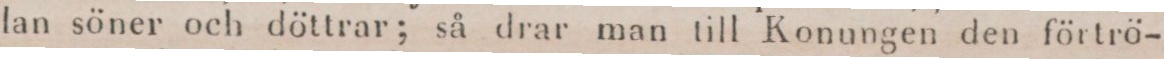
lan söner och döttrar; så drar man till Konungen den förtrö-